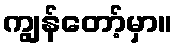
ကျွန်တော့်မှာ။